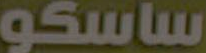
ساسكو